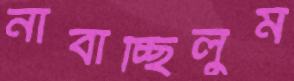
নাবাচ্ছিলুম